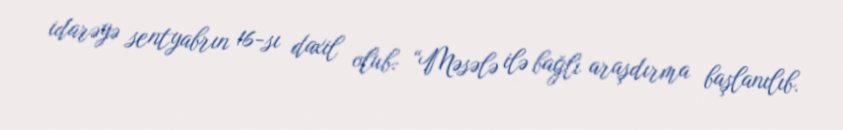
idarəyə sentyabrın 16-sı daxil olub: “Məsələ ilə bağlı araşdırma başlanılıb.